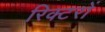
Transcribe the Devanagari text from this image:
रिक्टरों